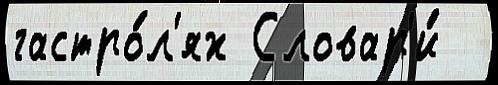
гастро́л'ях Словар'и́